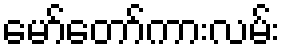
မော်တော်ကားလမ်း